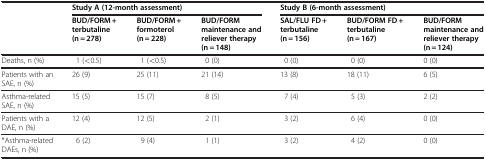
<table><thead><tr><td rowspan="2"><b> </b></td><td colspan="3"><b>Study A (12-month assessment)</b></td><td colspan="3"><b>Study B (6-month assessment)</b></td></tr><tr><td><b>BUD/FORM + terbutaline (n = 278)</b></td><td><b>BUD/FORM + formoterol (n = 228)</b></td><td><b>BUD/FORM maintenance and reliever therapy (n = 148)</b></td><td><b>SAL/FLU FD + terbutaline (n = 156)</b></td><td><b>BUD/FORM FD + terbutaline (n = 167)</b></td><td><b>BUD/FORM maintenance and reliever therapy (n = 124)</b></td></tr></thead><tbody><tr><td>Deaths, n (%)</td><td>1 (&lt;0.5)</td><td>1 (&lt;0.5)</td><td>0 (0)</td><td>0 (0)</td><td>0 (0)</td><td>0 (0)</td></tr><tr><td>Patients with an SAE, n (%)</td><td>26 (9)</td><td>25 (11)</td><td>21 (14)</td><td>13 (8)</td><td>18 (11)</td><td>6 (5)</td></tr><tr><td>Asthma-related SAE, n (%)</td><td>15 (5)</td><td>15 (7)</td><td>8 (5)</td><td>7 (4)</td><td>5 (3)</td><td>2 (2)</td></tr><tr><td>Patients with a DAE, n (%)</td><td>12 (4)</td><td>12 (5)</td><td>2 (1)</td><td>3 (2)</td><td>6 (4)</td><td>0 (0)</td></tr><tr><td>*Asthma-related DAEs, n (%)</td><td>6 (2)</td><td>9 (4)</td><td>1 (1)</td><td>3 (2)</td><td>4 (2)</td><td>0 (0)</td></tr></tbody></table>